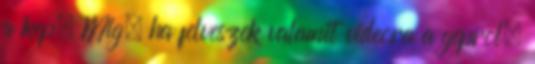
a kep. Mig, ha felveszek valamit videora a geprol,